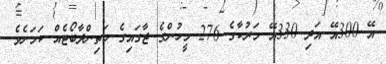
އޭ 300އޭ އަދި 330އޭ މަރުކާގެ 276 މީހުންގެ ޖާގައިގެ މަތިންދާބޯޓެއް ކަމަށެވެ.